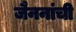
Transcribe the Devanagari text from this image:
जैननांची